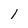
Character: I